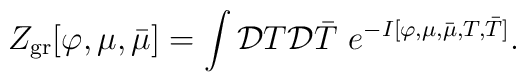
Z_{\rm gr}[\varphi,\mu,\bar{\mu}] = \int {\cal D}T {\cal D}\bar{T} \,\,e^{-I[\varphi,\mu,\bar{\mu},T,\bar{T}]}.